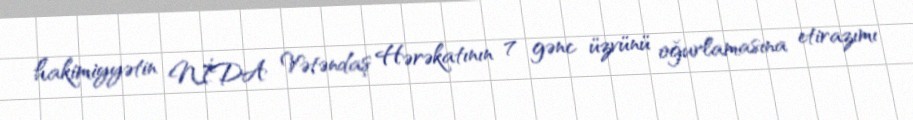
hakimiyyətin NİDA Vətəndaş Hərəkatının 7 gənc üzvünü oğurlamasına etirazımı